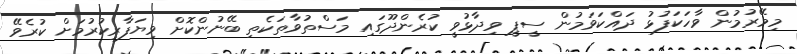
މިމޭރުމުން ވާހަކަފުޅު ދައްކަވަމުން ސީޕީ ވިދާޅުވީ ކުރެންދޫގައި މަސްތުވާތަކެތި ބޭނުންކޮށް ވިޔަފާރިކުރުމަށް ކުރެވޭ